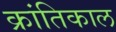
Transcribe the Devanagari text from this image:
क्रांतिकाल